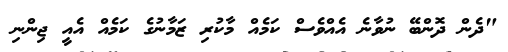
"ދެން ދޮންބޭ ނުވާނެ އެއްވެސް ކަމެއް މާކުރި ޒަމާނުގެ ކަމެއް އެއީ ޖިންނި